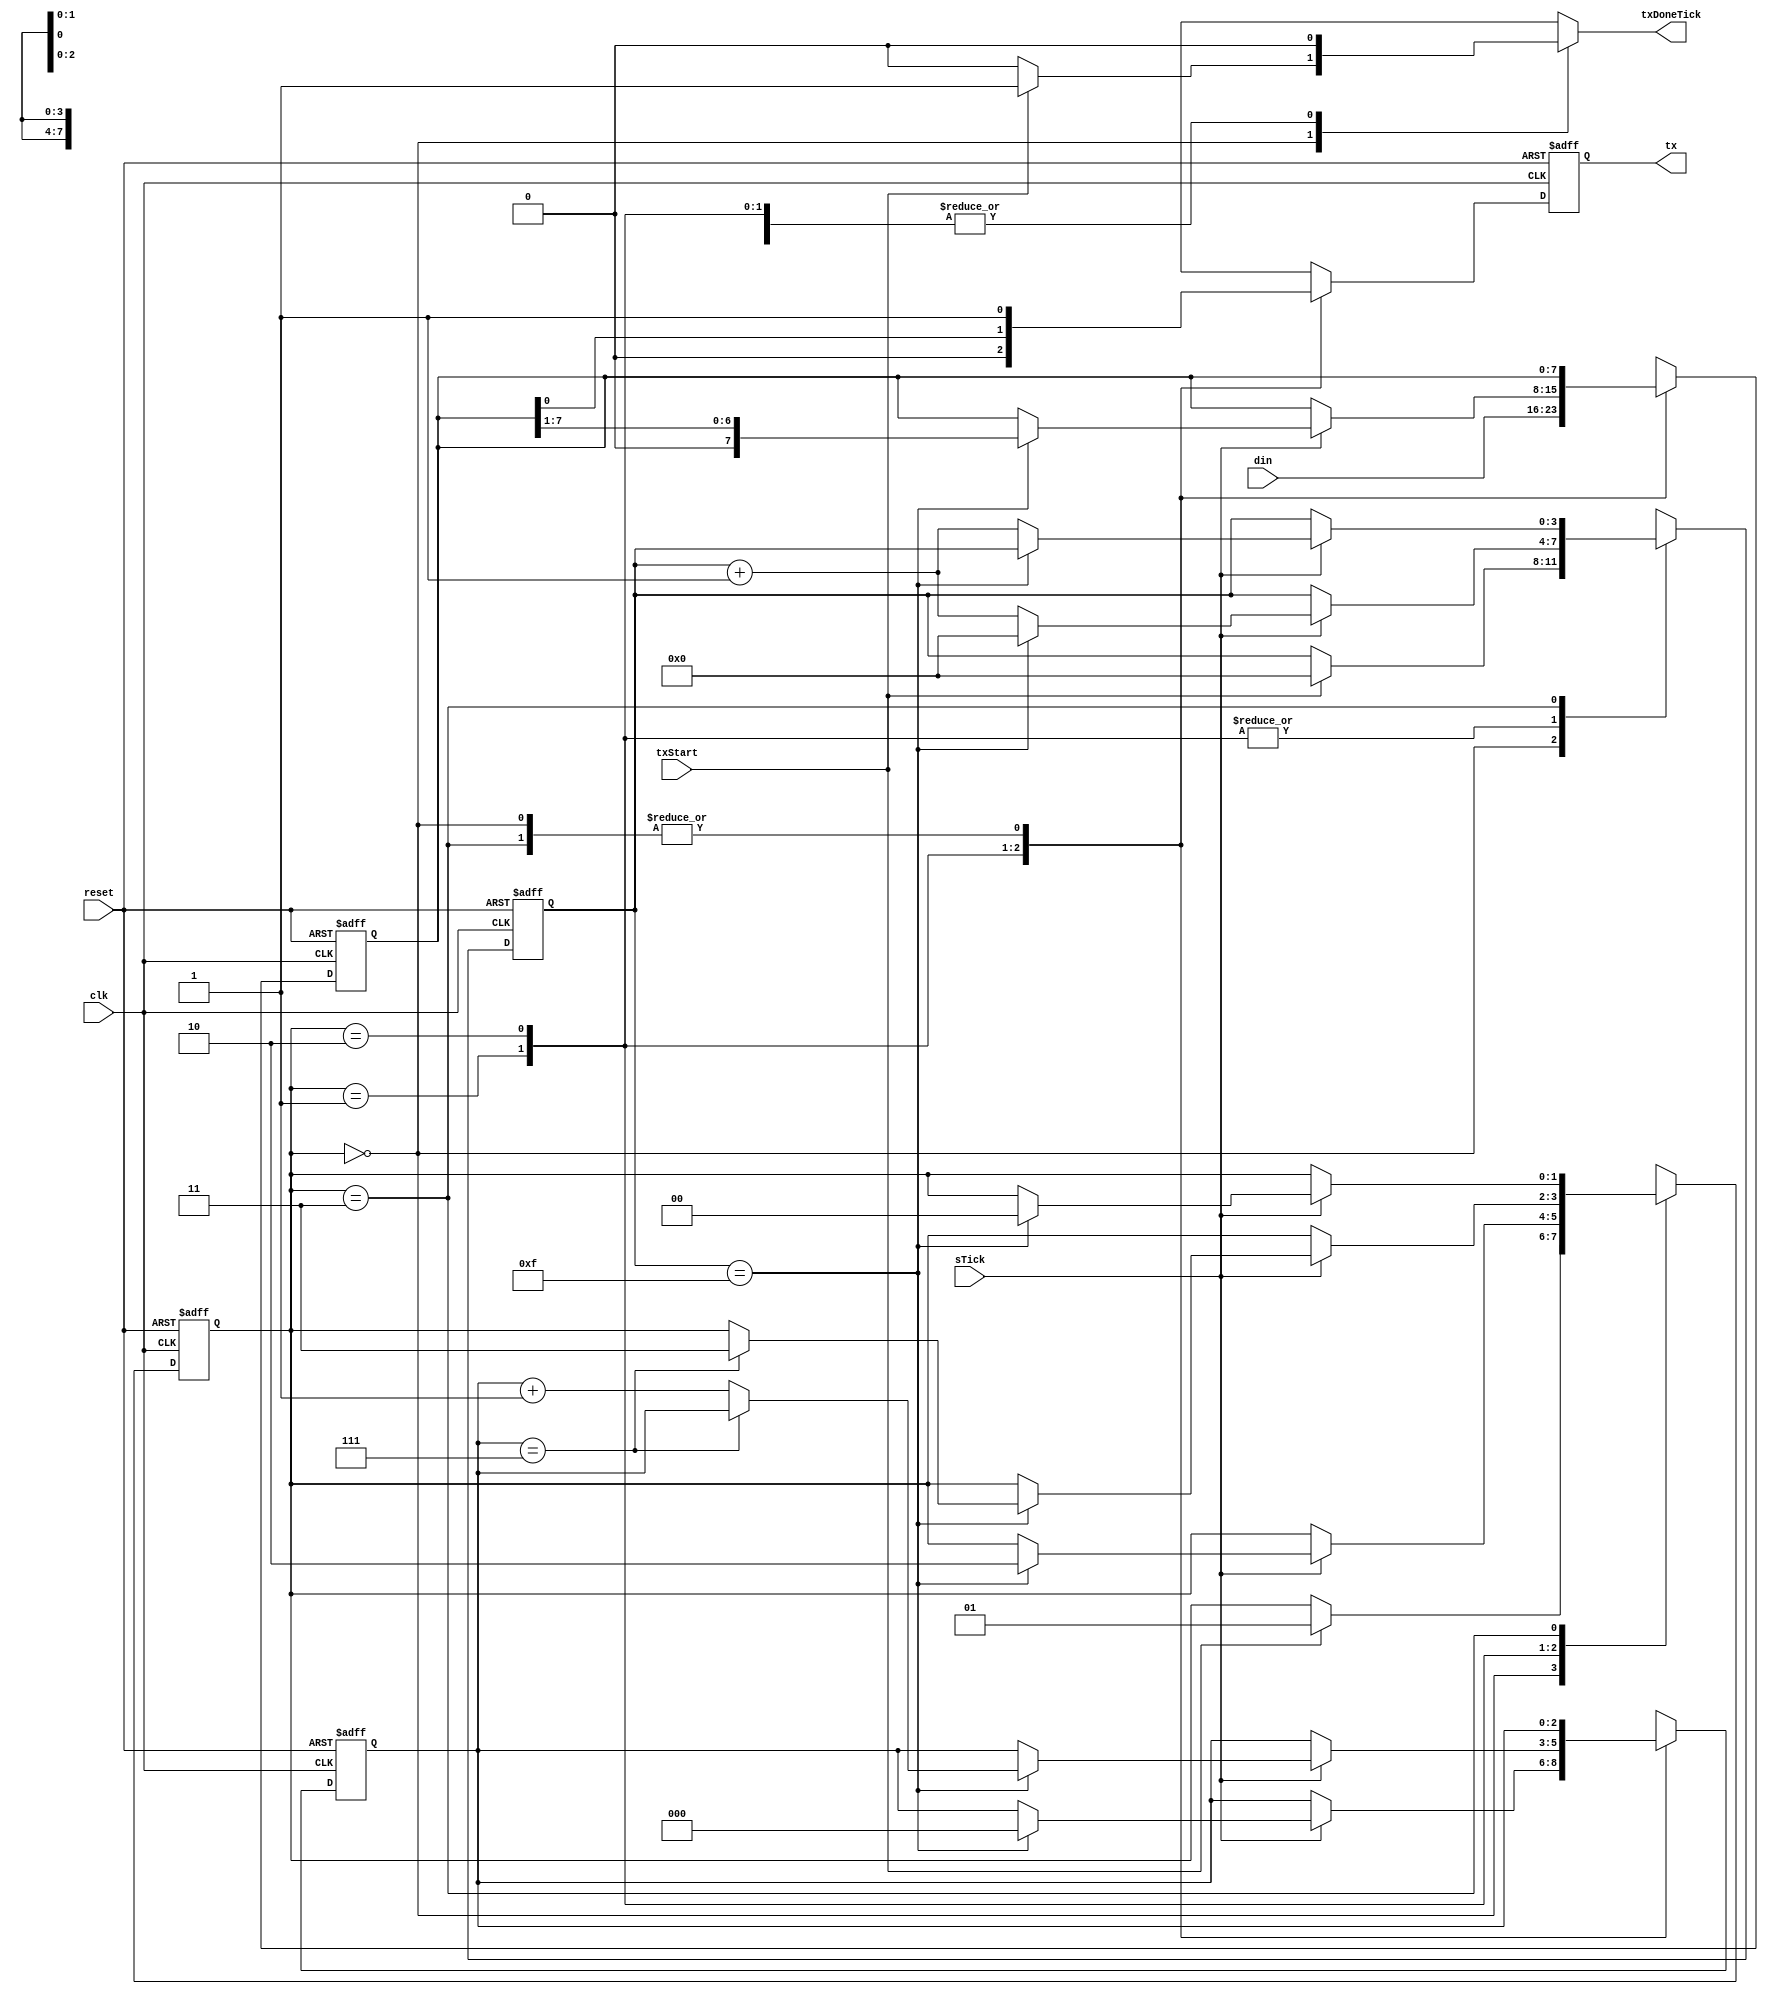
////////////////////////////////////////////////////////////////////////////////////////////////
////                                                              							////
////                                                              							////
////  	This file is part of the project                 									////
////	"instruction_list_pipelined_processor_with_peripherals"								////
////                                                              							////
////  http://opencores.org/project,instruction_list_pipelined_processor_with_peripherals	////
////                                                              							////
////                                                              							////
//// 				 Author:                                                  				////
////      			- Mahesh Sukhdeo Palve													////
////																						////
////////////////////////////////////////////////////////////////////////////////////////////////
////////////////////////////////////////////////////////////////////////////////////////////////
////																						////
//// 											                 							////
////                                                              							////
//// 					This source file may be used and distributed without         		////
//// 					restriction provided that this copyright statement is not    		////
//// 					removed from the file and that any derivative work contains  		////
//// 					the original copyright notice and the associated disclaimer. 		////
////                                                              							////
//// 					This source file is free software; you can redistribute it   		////
//// 					and/or modify it under the terms of the GNU Lesser General   		////
//// 					Public License as published by the Free Software Foundation; 		////
////					either version 2.1 of the License, or (at your option) any   		////
//// 					later version.                                               		////
////                                                             							////
//// 					This source is distributed in the hope that it will be       		////
//// 					useful, but WITHOUT ANY WARRANTY; without even the implied   		////
//// 					warranty of MERCHANTABILITY or FITNESS FOR A PARTICULAR      		////
//// 					PURPOSE.  See the GNU Lesser General Public License for more 		////
//// 					details.                                                     		////
////                                                              							////
//// 					You should have received a copy of the GNU Lesser General    		////
//// 					Public License along with this source; if not, download it   		////
//// 					from http://www.opencores.org/lgpl.shtml                     		////
////                                                              							////
////////////////////////////////////////////////////////////////////////////////////////////////

`timescale 1ns / 1ps////////////////////////////////////////////////////////////////////////////////////////////////
////                                                              							////
////                                                              							////
////  	This file is part of the project                 									////
////	"instruction_list_pipelined_processor_with_peripherals"								////
////                                                              							////
////  http://opencores.org/project,instruction_list_pipelined_processor_with_peripherals	////
////                                                              							////
////                                                              							////
//// 				 Author:                                                  				////
////      			- Mahesh Sukhdeo Palve													////
////																						////
////////////////////////////////////////////////////////////////////////////////////////////////
////////////////////////////////////////////////////////////////////////////////////////////////
////																						////
//// 											                 							////
////                                                              							////
//// 					This source file may be used and distributed without         		////
//// 					restriction provided that this copyright statement is not    		////
//// 					removed from the file and that any derivative work contains  		////
//// 					the original copyright notice and the associated disclaimer. 		////
////                                                              							////
//// 					This source file is free software; you can redistribute it   		////
//// 					and/or modify it under the terms of the GNU Lesser General   		////
//// 					Public License as published by the Free Software Foundation; 		////
////					either version 2.1 of the License, or (at your option) any   		////
//// 					later version.                                               		////
////                                                             							////
//// 					This source is distributed in the hope that it will be       		////
//// 					useful, but WITHOUT ANY WARRANTY; without even the implied   		////
//// 					warranty of MERCHANTABILITY or FITNESS FOR A PARTICULAR      		////
//// 					PURPOSE.  See the GNU Lesser General Public License for more 		////
//// 					details.                                                     		////
////                                                              							////
//// 					You should have received a copy of the GNU Lesser General    		////
//// 					Public License along with this source; if not, download it   		////
//// 					from http://www.opencores.org/lgpl.shtml                     		////
////                                                              							////
////////////////////////////////////////////////////////////////////////////////////////////////

// 8-bit Pipelined Processor defines



// program counter & instruction register






// control unit


























//`define		SPIxFER				`instOpCodeLen'b11001
//`define		SPIstat				`instOpCodeLen'b11010
//`define		SPIwBUF				`instOpCodeLen'b11011
//`define		SPIrBUF				`instOpCodeLen'b11100

// alu opcodes















// bit RAM



// byte RAM




// input register



// output register



// accumulator multiplexer








// operand2 multiplexer









//-----------------------------------------------------------------------------------------------------

// peripheral defines




//-----------------------------------------------------------------------------------------------------

// Timer-Counter














//-----------------------------------------------------------------------------------------------------

// UART








module uartTrans (clk, reset, sTick, txDoneTick, din, tx, txStart);

		parameter dataBits = 8;
		parameter sbTick = 16;
		
		input [dataBits-1 :0] din;
		input clk, reset, sTick, txStart;
		output tx, txDoneTick;
		
		reg txDoneTick;
		
/*
should be impleneted as a 4-state FSM : idle, start, data, stop;

*/

	localparam [1:0] idle = 2'b00, start = 2'b01, data = 2'b10, stop = 2'b11;
	
		reg [1:0] stateReg, stateNext;	// current and next states
		reg [3:0] sReg, sNext;		//	counter
		reg [2:0] nReg, nNext;		// counter
		reg [7:0] bReg, bNext;		// perhaps keeps data to be sent
		reg		 txReg, txNext;	// current bit being transferred
		
		
		//	reset and non-reset conditions:
		
		always @ (posedge clk or posedge reset)
		begin
			if (reset)
			begin
				stateReg <= idle;
				sReg <= 1'b0;
				bReg <= 1'b0;
				nReg <= 1'b0;
				txReg <= 1'b1;
			end	// end if
			
			else
			begin
				stateReg <= stateNext;
				sReg <= sNext;
				bReg <= bNext;
				nReg <= nNext;
				txReg <= txNext;
			end	// end else
		
		end	// end always
		
		// FSM:
		
		always @ *
		begin
				stateNext = stateReg;
				sNext = sReg;
				bNext = bReg;
				nNext = nReg;
				txNext = txReg;
				
				txDoneTick = 1'b0;		// not done yet!
				
			case	(stateReg)
			
				idle	:	begin
								txNext = 1'b1;	// start bit '0'; thus, send '1' in idle
								
								if (txStart)
								begin
									txDoneTick = 1'b1;	// generate rd for fifo **
									stateNext = start;	// should go into start state
									sNext = 0;
								end	// end if txStart
							// in idle state unless txStart...
							end	// end idle case
							
				start	:	begin
								txNext = 0;
								txDoneTick = 1'b0;		// **
								bNext = din;		// take din into bReg
								if (sTick)
									if (sReg == 15)
									begin
										stateNext = data;
										sNext = 1'b0;
										nNext = 1'b0;
									end	// end if sReg==15
									
									else
										sNext = sReg + 1;	// keep incrementing sNext (sReg)
										// sReg = sNext on each clk edge !!
							end	// end start case
							
				data	:	begin
								txNext = bReg[0];	// keep sending LSB of bReg
								
								if (sTick)
									if (sReg == 15)
									begin
										sNext = 0;	// reset counter
										bNext = bReg >> 1;	// shift word to be sent
										
										if (nReg == (dataBits-1))
											stateNext = stop;
										else
											nNext = nReg +1;
									end	// end if sReg==15
								else
									sNext = sReg + 1;
				
							end	// end data state
							
				stop	:	begin
								txNext = 1'b1;
								
								if (sTick)
									if (sReg == sbTick-1)
									begin
										stateNext = idle;
										//txDoneTick = 1'b1; it's working as read signal to
										// fifo, so, used at starting . . .
									end //end if sReg==15
									else
										sNext = sReg + 1;
							end	// end stop state
			
			endcase
		
		end	// end always combinatorial

		
		// output bit-stream
		
		assign tx = txReg;

endmodule